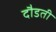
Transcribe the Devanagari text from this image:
दौडती